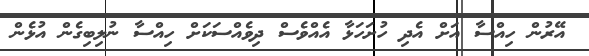
އޭރުން ހިއްސާ އަށް އެދި ހުށަހަޅާ އެއްވެސް ދިވެއްސަކަށް ހިއްސާ ނުލިބިގެން އުޅެން